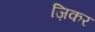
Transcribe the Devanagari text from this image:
ज़िकर